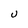
Character: U